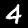
Digit: 4